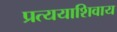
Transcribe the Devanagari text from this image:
प्रत्ययाशिवाय